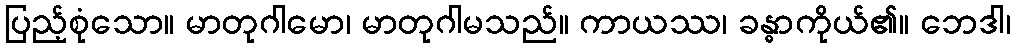
ပြည့်စုံသော။ မာတုဂါမော၊ မာတုဂါမသည်။ ကာယဿ၊ ခန္ဓာကိုယ်၏။ ဘေဒါ၊